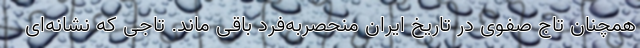
همچنان تاج صفوی در تاریخ ایران منحصربه‌فرد باقی ماند. تاجی که نشانه‌ای